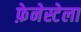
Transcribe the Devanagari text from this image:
फ़ेनेस्टेला